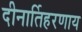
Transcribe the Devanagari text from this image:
दीनार्तिहरणाय